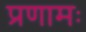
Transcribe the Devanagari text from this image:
प्रणामः